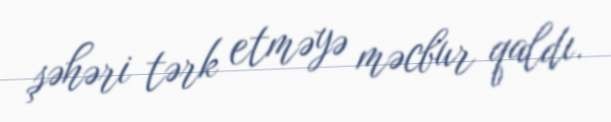
şəhəri tərk etməyə məcbur qaldı.